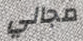
مجالي